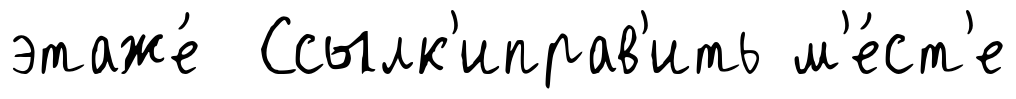
этаже́ Ссылк'иправ'ить м'е́ст'е